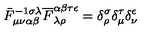
\bar { F } _ { \mu \nu \alpha \beta } ^ { - 1 \sigma \lambda } \overline { F } _ { \lambda \rho } ^ { \alpha \beta \tau \epsilon } = \delta _ { \rho } ^ { \sigma } \delta _ { \mu } ^ { \tau } \delta _ { \nu } ^ { \epsilon }